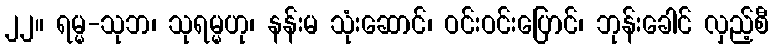
၂၂။ ရမ္မ-သုဘ၊ သုရမ္မဟု၊ နန်းမ သုံးဆောင်၊ ဝင်းဝင်းပြောင်၊ ဘုန်းခေါင် လှည့်စီ